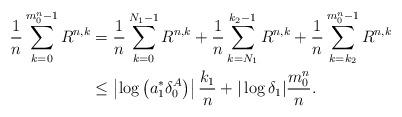
LaTeX: \begin{align*}\frac{1}{n} \sum\limits_{k=0}^{m^n_0-1} R^{n,k}&= \frac{1}{n} \sum\limits_{k=0}^{N_1-1} R^{n,k}+ \frac{1}{n} \sum\limits_{k=N_1}^{k_2-1} R^{n,k}+ \frac{1}{n} \sum\limits_{k=k_2}^{m^n_0-1} R^{n,k}\\&\le \left|\log\left(a_1^*\delta_0^A\right)\right|\frac{k_1}{n} + |\log\delta_1|\frac{m^n_0}{n}.\end{align*}